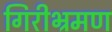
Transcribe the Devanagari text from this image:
गिरीभ्रमण